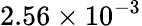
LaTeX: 2.56\times 10^{-3}